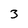
Character: 3